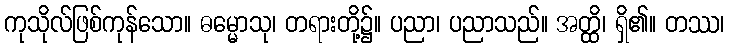
ကုသိုလ်ဖြစ်ကုန်သော။ ဓမ္မောသု၊ တရားတို့၌။ ပညာ၊ ပညာသည်။ အတ္ထိ၊ ရှိ၏။ တဿ၊